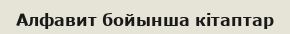
Алфавит бойынша кітаптар